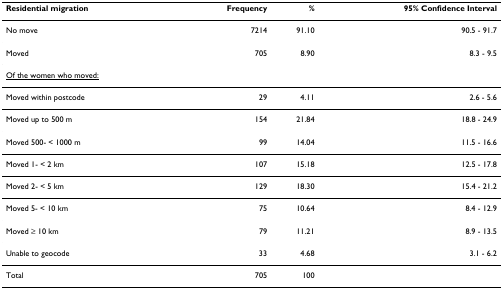
<table><thead><tr><td><b>Residential migration</b></td><td><b>Frequency</b></td><td><b>%</b></td><td><b>95% Confidence Interval</b></td></tr></thead><tbody><tr><td>No move</td><td>7214</td><td>91.10</td><td>90.5 - 91.7</td></tr><tr><td>Moved</td><td>705</td><td>8.90</td><td>8.3 - 9.5</td></tr><tr><td><underline>Of the women who moved:</underline></td><td></td><td></td><td></td></tr><tr><td>Moved within postcode</td><td>29</td><td>4.11</td><td>2.6 - 5.6</td></tr><tr><td>Moved up to 500 m</td><td>154</td><td>21.84</td><td>18.8 - 24.9</td></tr><tr><td>Moved 500- &lt; 1000 m</td><td>99</td><td>14.04</td><td>11.5 - 16.6</td></tr><tr><td>Moved 1- &lt; 2 km</td><td>107</td><td>15.18</td><td>12.5 - 17.8</td></tr><tr><td>Moved 2- &lt; 5 km</td><td>129</td><td>18.30</td><td>15.4 - 21.2</td></tr><tr><td>Moved 5- &lt; 10 km</td><td>75</td><td>10.64</td><td>8.4 - 12.9</td></tr><tr><td>Moved ≥ 10 km</td><td>79</td><td>11.21</td><td>8.9 - 13.5</td></tr><tr><td>Unable to geocode</td><td>33</td><td>4.68</td><td>3.1 - 6.2</td></tr><tr><td>Total</td><td>705</td><td>100</td><td></td></tr></tbody></table>